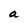
Character: a